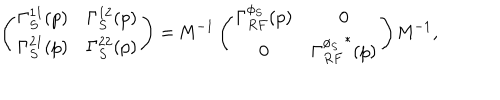
LaTeX: \left( \begin{matrix} { { \Gamma _ { S } ^ { 1 1 } ( p ) } } & { { \Gamma _ { S } ^ { 1 2 } ( p ) } } \\ { { \Gamma _ { S } ^ { 2 1 } ( p ) } } & { { \Gamma _ { S } ^ { 2 2 } ( p ) } } \\ \end{matrix} \right) = { \bf \sf M } ^ { - 1 } \left( \begin{matrix} { { \Gamma _ { R F } ^ { \phi _ { S } } ( p ) } } & { { 0 } } \\ { { 0 } } & { { { \Gamma _ { R F } ^ { \phi _ { S } } } ^ { * } ( p ) } } \\ \end{matrix} \right) { \bf \sf M } ^ { - 1 } ,